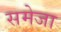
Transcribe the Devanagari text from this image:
समेजा